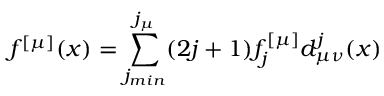
f ^ { [ \mu ] } ( x ) = \sum _ { j _ { m i n } } ^ { j _ { \mu } } ( 2 j + 1 ) f _ { j } ^ { [ \mu ] } d _ { \mu \nu } ^ { j } ( x )